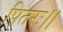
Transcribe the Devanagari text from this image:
पितरः।।